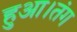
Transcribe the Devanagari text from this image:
हुआ।तंग